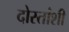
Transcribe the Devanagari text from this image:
दोस्तांशी